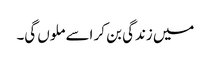
میں زندگی بن کر اسے ملوں گی۔